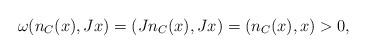
LaTeX: \begin{align*}\omega(n_C(x),Jx) = (J n_C(x),Jx) = (n_C(x),x)>0,\end{align*}